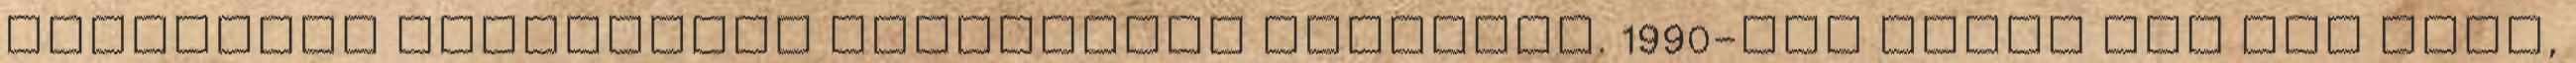
nagyrészt interjúkat tartalmazó kiadvány. 1990-ben pedig egy The Good,